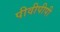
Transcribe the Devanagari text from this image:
पीवीपीपी